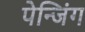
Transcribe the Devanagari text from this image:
पेन्जिंग